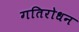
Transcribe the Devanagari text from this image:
गतिरोधन